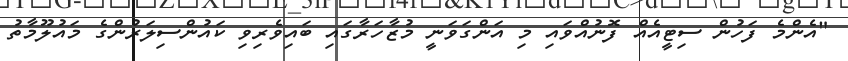
"އެންމެ ފަހުން ސިޓީއެއް ފޮނުއްވައި މި އަންގަވަނީ މުޒާހަރާގައި ބައިވެރިވި ކައުންސިލަރުންގެ މައުލޫމާތު